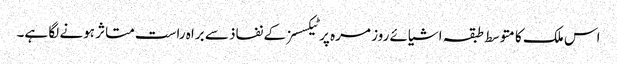
اس ملک کا متوسط طبقہ اشیائے روز مرہ پر ٹیکسسز کے نفاذ سے براہ راست متاثر ہونے لگا ہے۔